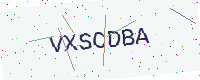
Text: VXSCDBA